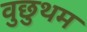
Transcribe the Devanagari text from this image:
वुछुथम